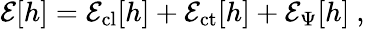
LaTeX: {\cal E}[h]={\cal E}_{\mathrm{cl}}[h]+{\cal E}_{\mathrm{ct}}[h]+{\cal E}_{\Psi}[h]\ ,